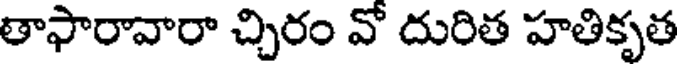
తాఫారావారా చ్చిరం వో దురిత హతికృత